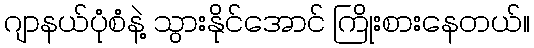
ဂျာနယ်ပုံစံနဲ့ သွားနိုင်အောင် ကြိုးစားနေတယ်။